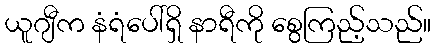
ယူဂျီက နံရံပေါ်ရှိ နာရီကို စွေကြည့်သည်။